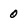
Character: 0